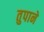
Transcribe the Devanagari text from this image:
तुपाने